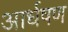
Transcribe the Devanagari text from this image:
आर्धषण